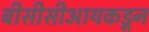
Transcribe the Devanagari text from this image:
बीसीसीआयकडून